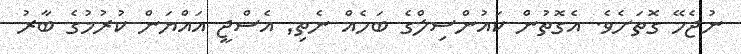
ނުޖެހޭ ގޮތަށެވެ. އެގޮތުން ކައުންސިލްގެ ބަހެއް ނެތި